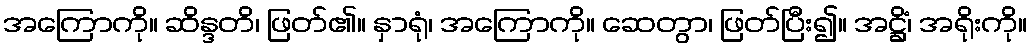
အကြောကို။ ဆိန္ဒတိ၊ ဖြတ်၏။ နှာရုံ၊ အကြောကို။ ဆေတွာ၊ ဖြတ်ပြီး၍။ အဋ္ဌိံ၊ အရိုးကို။